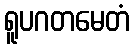
ရူပဂတမေတံ